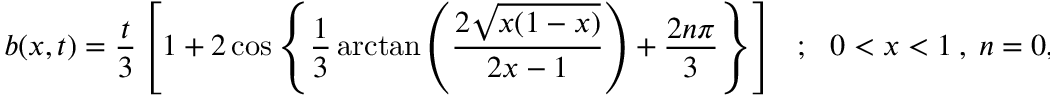
b ( x , t ) = \frac { t } { 3 } \left[ 1 + 2 \cos \left\{ \frac { 1 } { 3 } \arctan \left( \frac { 2 \sqrt { x ( 1 - x ) } } { 2 x - 1 } \right) + \frac { 2 n \pi } { 3 } \right\} \right] ~ ~ ~ ; ~ ~ ~ 0 < x < 1 ~ , ~ n = 0 , 1 , 2